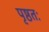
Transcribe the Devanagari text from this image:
पृष्ठतः